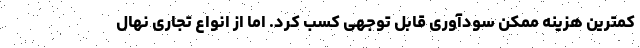
کمترین هزینه ممکن سودآوری قابل توجهی کسب کرد. اما از انواع تجاری نهال